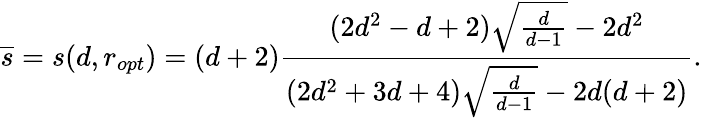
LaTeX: \overline{{s}}=s(d,r_{opt})=(d+2)\frac{(2d^{2}-d+2)\sqrt{\frac{d}{d-1}}-2d^{2}}{(2d^{2}+3d+4)\sqrt{\frac{d}{d-1}}-2d(d+2)}.